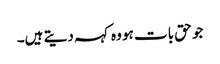
جو حق بات ہو وہ کہہ دیتے ہیں۔